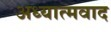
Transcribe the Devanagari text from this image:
अध्‍यात्‍मवाद